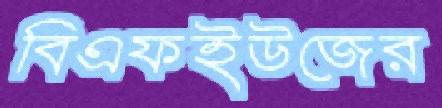
বিএফইউজের